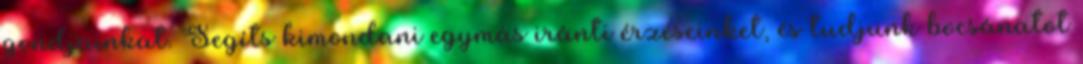
gondjainkat. Segíts kimondani egymás iránti érzéseinket, és tudjunk bocsánatot